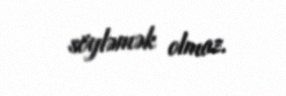
söyləmək olmaz.